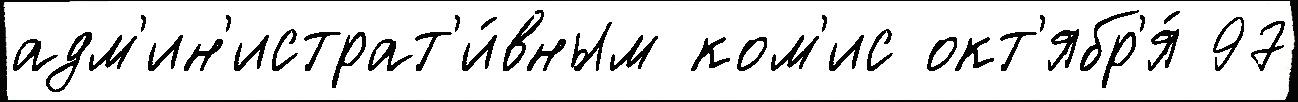
адм'ин'истрат'и́вным ком'ис окт'ябр'я́ 97